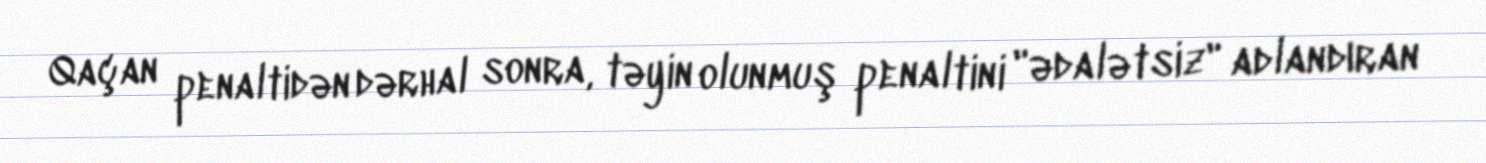
Qaçan penaltidən dərhal sonra, təyin olunmuş penaltini "ədalətsiz" adlandıran